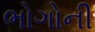
ભોગોની